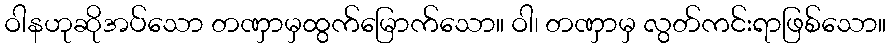
ဝါနဟုဆိုအပ်သော တဏှာမှထွက်မြောက်သော။ ဝါ၊ တဏှာမှ လွတ်ကင်းရာဖြစ်သော။